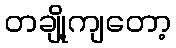
တချို့ကျတော့